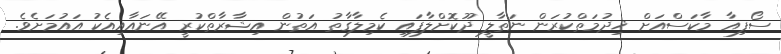
ސޯފިއާ މާކަސްއަށް ޚިދުމަތްކުރަން ނަތާލީ ދޫކޮށްލާފައި ކެމިލާގާތު އަތުން އިޝާރާތްކުރީ އޭނައާއިއެކު އައުމަށެވެ.